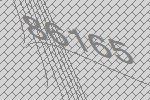
86165